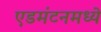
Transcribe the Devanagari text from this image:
एडमंटनमध्ये